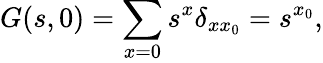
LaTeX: G(s,0)=\sum_{x=0}s^{x}\delta_{xx_{0}}=s^{x_{0}},